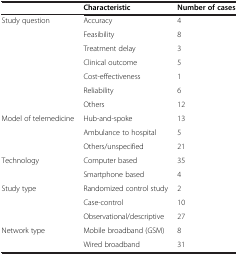
<table><thead><tr><td><b> </b></td><td><b>Characteristic</b></td><td><b>Number of cases</b></td></tr></thead><tbody><tr><td>Study question</td><td>Accuracy</td><td>4</td></tr><tr><td> </td><td>Feasibility</td><td>8</td></tr><tr><td> </td><td>Treatment delay</td><td>3</td></tr><tr><td> </td><td>Clinical outcome</td><td>5</td></tr><tr><td> </td><td>Cost-effectiveness</td><td>1</td></tr><tr><td> </td><td>Reliability</td><td>6</td></tr><tr><td> </td><td>Others</td><td>12</td></tr><tr><td>Model of telemedicine</td><td>Hub-and-spoke</td><td>13</td></tr><tr><td> </td><td>Ambulance to hospital</td><td>5</td></tr><tr><td> </td><td>Others/unspecified</td><td>21</td></tr><tr><td>Technology</td><td>Computer based</td><td>35</td></tr><tr><td> </td><td>Smartphone based</td><td>4</td></tr><tr><td>Study type</td><td>Randomized control study</td><td>2</td></tr><tr><td> </td><td>Case-control</td><td>10</td></tr><tr><td> </td><td>Observational/descriptive</td><td>27</td></tr><tr><td>Network type</td><td>Mobile broadband (GSM)</td><td>8</td></tr><tr><td> </td><td>Wired broadband</td><td>31</td></tr></tbody></table>